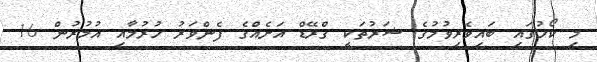
މި ކޯހުގައި ބައިވެރިވުމުގެ ޝަރުތަކީ ގްރޭޑް އަށެއްގެ ފެންވަރު ހުރުމާއި އުމުރުން 16